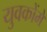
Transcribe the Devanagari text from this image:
युवकोंमें